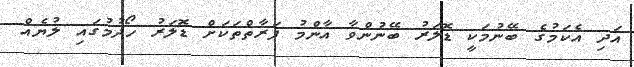
އަދި އެކަމުގެ ބޭނުމަކީ ޑޮލަރު ބޭނުންވާ އާންމު ފަރާތްތަކަށް ޑޮލަރު ހޯދުމުގައި ލުޔެއް